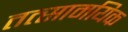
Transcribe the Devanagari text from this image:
तत्सामयिक